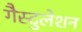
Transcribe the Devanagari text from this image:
गैस्टुलेशन